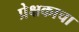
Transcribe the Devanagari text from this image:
प्रेक्षकाचा